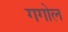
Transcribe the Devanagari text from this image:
गगोल